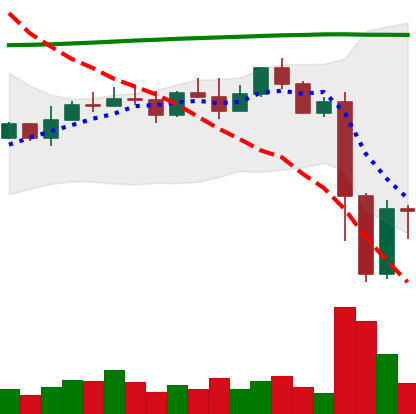
Ticker: EOS-USD
Chart end date: 2022-11-11
Forward return: -3.758%
Label: down_3_5